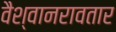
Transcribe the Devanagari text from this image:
वैश्वानरावतार